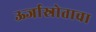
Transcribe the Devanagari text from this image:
ऊर्जास्रोताचा